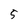
Character: 5